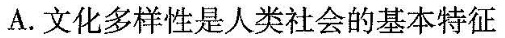
A.文化多样性是人类社会的基本特征